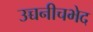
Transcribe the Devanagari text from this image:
उच्चनीचभेद